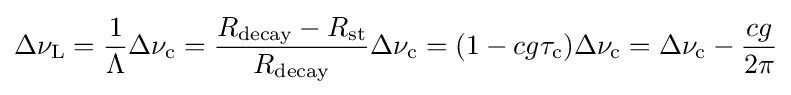
\Delta \nu _{\rm {L}}={\frac {1}{\Lambda }}\Delta \nu _{\rm {c}}={\frac {R_{\rm {decay}}-R_{\rm {st}}}{R_{\rm {decay}}}}\Delta \nu _{\rm {c}}=(1-cg\tau _{\rm {c}})\Delta \nu _{\rm {c}}=\Delta \nu _{\rm {c}}-{\frac {cg}{2\pi }}